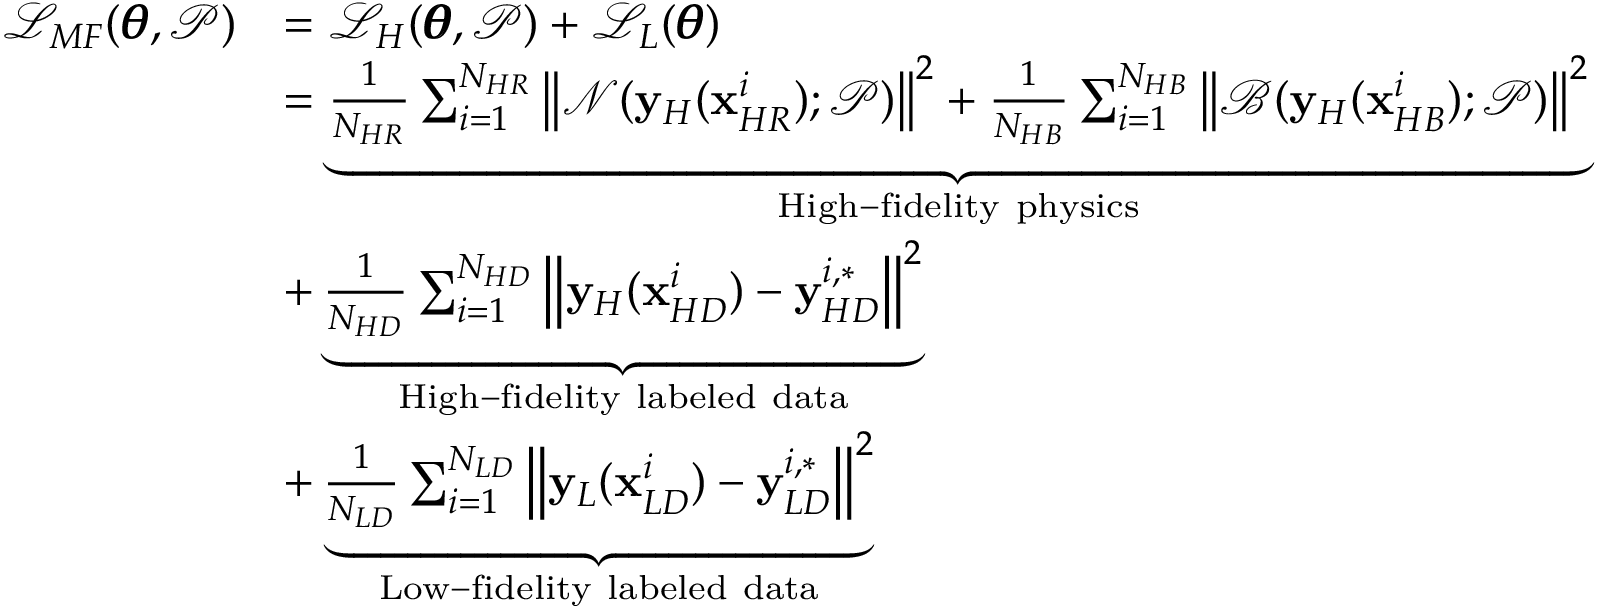
\begin{array} { r l } { \mathcal { L } _ { M F } ( \pmb { \theta } , \mathcal { P } ) } & { = \mathcal { L } _ { H } ( \pmb { \theta } , \mathcal { P } ) + \mathcal { L } _ { L } ( \pmb { \theta } ) } \\ & { = \underbrace { \frac { 1 } { N _ { H R } } \sum _ { i = 1 } ^ { N _ { H R } } { \left\| \mathcal { N } ( \mathbf { y } _ { H } ( \mathbf { x } _ { H R } ^ { i } ) ; \mathcal { P } ) \right\| ^ { 2 } } + \frac { 1 } { N _ { H B } } \sum _ { i = 1 } ^ { N _ { H B } } { \left\| \mathcal { B } ( \mathbf { y } _ { H } ( \mathbf { x } _ { H B } ^ { i } ) ; \mathcal { P } ) \right\| ^ { 2 } } } _ { \mathrm { H i g h - f i d e l i t y ~ p h y s i c s } } } \\ & { + \underbrace { \frac { 1 } { N _ { H D } } \sum _ { i = 1 } ^ { N _ { H D } } { \left\| \mathbf { y } _ { H } ( \mathbf { x } _ { H D } ^ { i } ) - \mathbf { y } _ { H D } ^ { i , * } \right\| ^ { 2 } } } _ { \mathrm { H i g h - f i d e l i t y ~ l a b e l e d ~ d a t a } } } \\ & { + \underbrace { \frac { 1 } { N _ { L D } } \sum _ { i = 1 } ^ { N _ { L D } } { \left\| \mathbf { y } _ { L } ( \mathbf { x } _ { L D } ^ { i } ) - \mathbf { y } _ { L D } ^ { i , * } \right\| ^ { 2 } } } _ { \mathrm { L o w - f i d e l i t y ~ l a b e l e d ~ d a t a } } } \end{array}